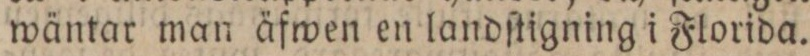
wäntar man äfwen en landſtigning i Florida.